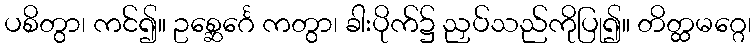
ပစိတွာ၊ ကင်၍။ ဥစ္ဆေင်္ဂေ ကတွာ၊ ခါးပိုက်၌ ညှပ်သည်ကိုပြု၍။ တိတ္ထမဂ္ဂေ၊